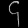
Digit: ၄